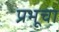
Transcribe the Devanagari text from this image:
प्रभूचा